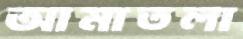
আমাতলা